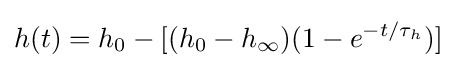
h(t)=h_{0}-[(h_{0}-h_{\infty })(1-e^{-t/\tau _{h}})]